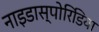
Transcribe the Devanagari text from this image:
नाइडास्पोरिडिया